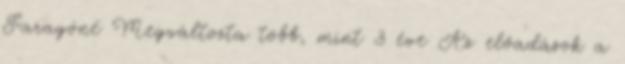
Faragóné Megváltozta több, mint 3 éve Az előadások a